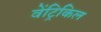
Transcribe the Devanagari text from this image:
वेंट्रिकिल